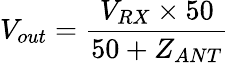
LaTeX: V_{out}=\frac{V_{RX}\times 50}{50+Z_{ANT}}